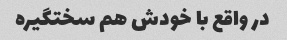
در واقع با خودش هم سختگیره